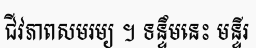
ជីវភាពសមរម្យ ។ ទន្ទឹមនេះ មន្ទីរ